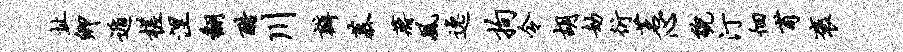
址卿遁槎涅翻酷川瓣慕蒋风逸拘令胡劫衍茗心貌汀徊甫褒